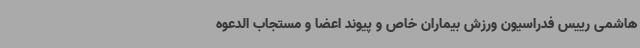
هاشمی رییس فدراسیون ورزش بیماران خاص و پیوند اعضا و مستجاب الدعوه